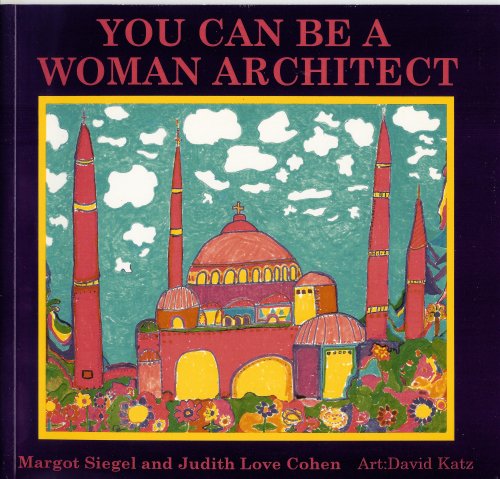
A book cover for You Can Be a Woman Architect; Judith Love Cohen; Children's Books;